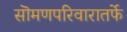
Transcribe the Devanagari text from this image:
सॊमणपरिवारातर्फे